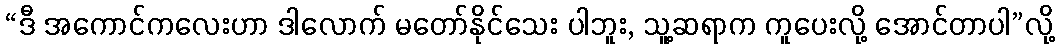
“ဒီ အကောင်ကလေးဟာ ဒါလောက် မတော်နိုင်သေး ပါဘူး, သူ့ဆရာက ကူပေးလို့ အောင်တာပါ”လို့